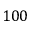
1 0 0